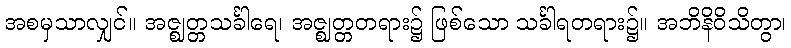
အစမှသာလျှင်။ အဇ္ဈတ္တသင်္ခါရေ၊ အဇ္ဈတ္တတရား၌ ဖြစ်သော သင်္ခါရတရား၌။ အဘိနိဝိသိတွာ၊